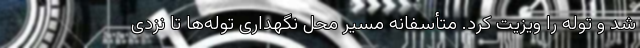
شد و توله را ویزیت کرد. متأسفانه مسیر محل نگهداری توله‌ها تا نزدی